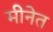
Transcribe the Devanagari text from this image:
मीनेत